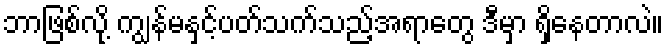
ဘာဖြစ်လို့ ကျွန်မနှင့်ပတ်သက်သည့်အရာတွေ ဒီမှာ ရှိနေတာလဲ။